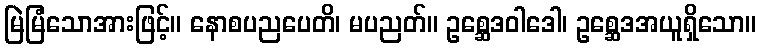
မြဲမြံသောအားဖြင့်။ နောစပညပေတိ၊ မပညတ်။ ဥစ္ဆေဒဝါဒေါ၊ ဥစ္ဆေဒအယူရှိသော။